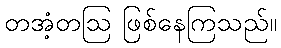
တအံ့တဩ ဖြစ်နေကြသည်။